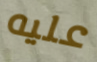
عليه